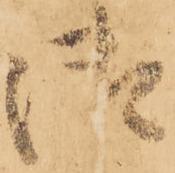
御